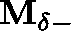
\mathbf { M _ { \delta - } }